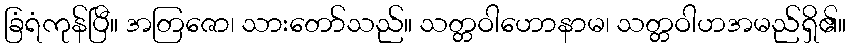
ခြံရံကုန်ပြီ။ အတြဇော၊ သားတော်သည်။ သတ္တဝါဟောနာမ၊ သတ္တဝါဟအမည်ရှိ၏။